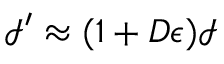
\mathcal { I } ^ { \prime } \approx ( 1 + D \epsilon ) \mathcal { I }